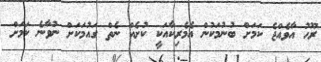
ރޫހު އާވެއްޖެ ކަމަށް ބުނުމަކުން އެމެރިކާއަކީ ކުށެއް ނެތް ގައުމަކަށް ނުވާނެ ކަމަށް